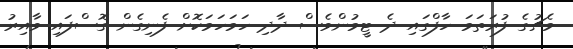
މެޗުގެ ފުރަތަމަ ހާފްގައި ދެ ޓީމުންވެސް ދާދި ހަމަހަމަކޮށް ފެނިގެން ގޮސްފައި ވާއިރު